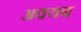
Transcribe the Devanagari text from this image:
अक्यब